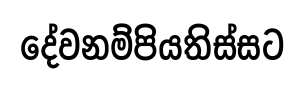
දේවනම්පියතිස්සට